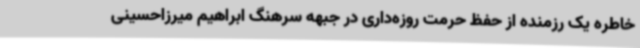
خاطره یک رزمنده از حفظ حرمت روزه‌داری در جبهه سرهنگ ابراهیم میرزاحسینی